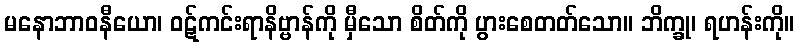
မနောဘာဝနီယော၊ ဝဋ်ကင်းရာနိဗ္ဗာန်ကို မှီသော စိတ်ကို ပွားစေတတ်သော။ ဘိက္ခု၊ ရဟန်းကို။